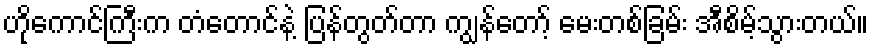
ဟိုကောင်ကြီးက တံတောင်နဲ့ ပြန်တွတ်တာ ကျွန်တော့် မေးတစ်ခြမ်း အီစိမ့်သွားတယ်။